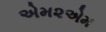
એમ૨એમ